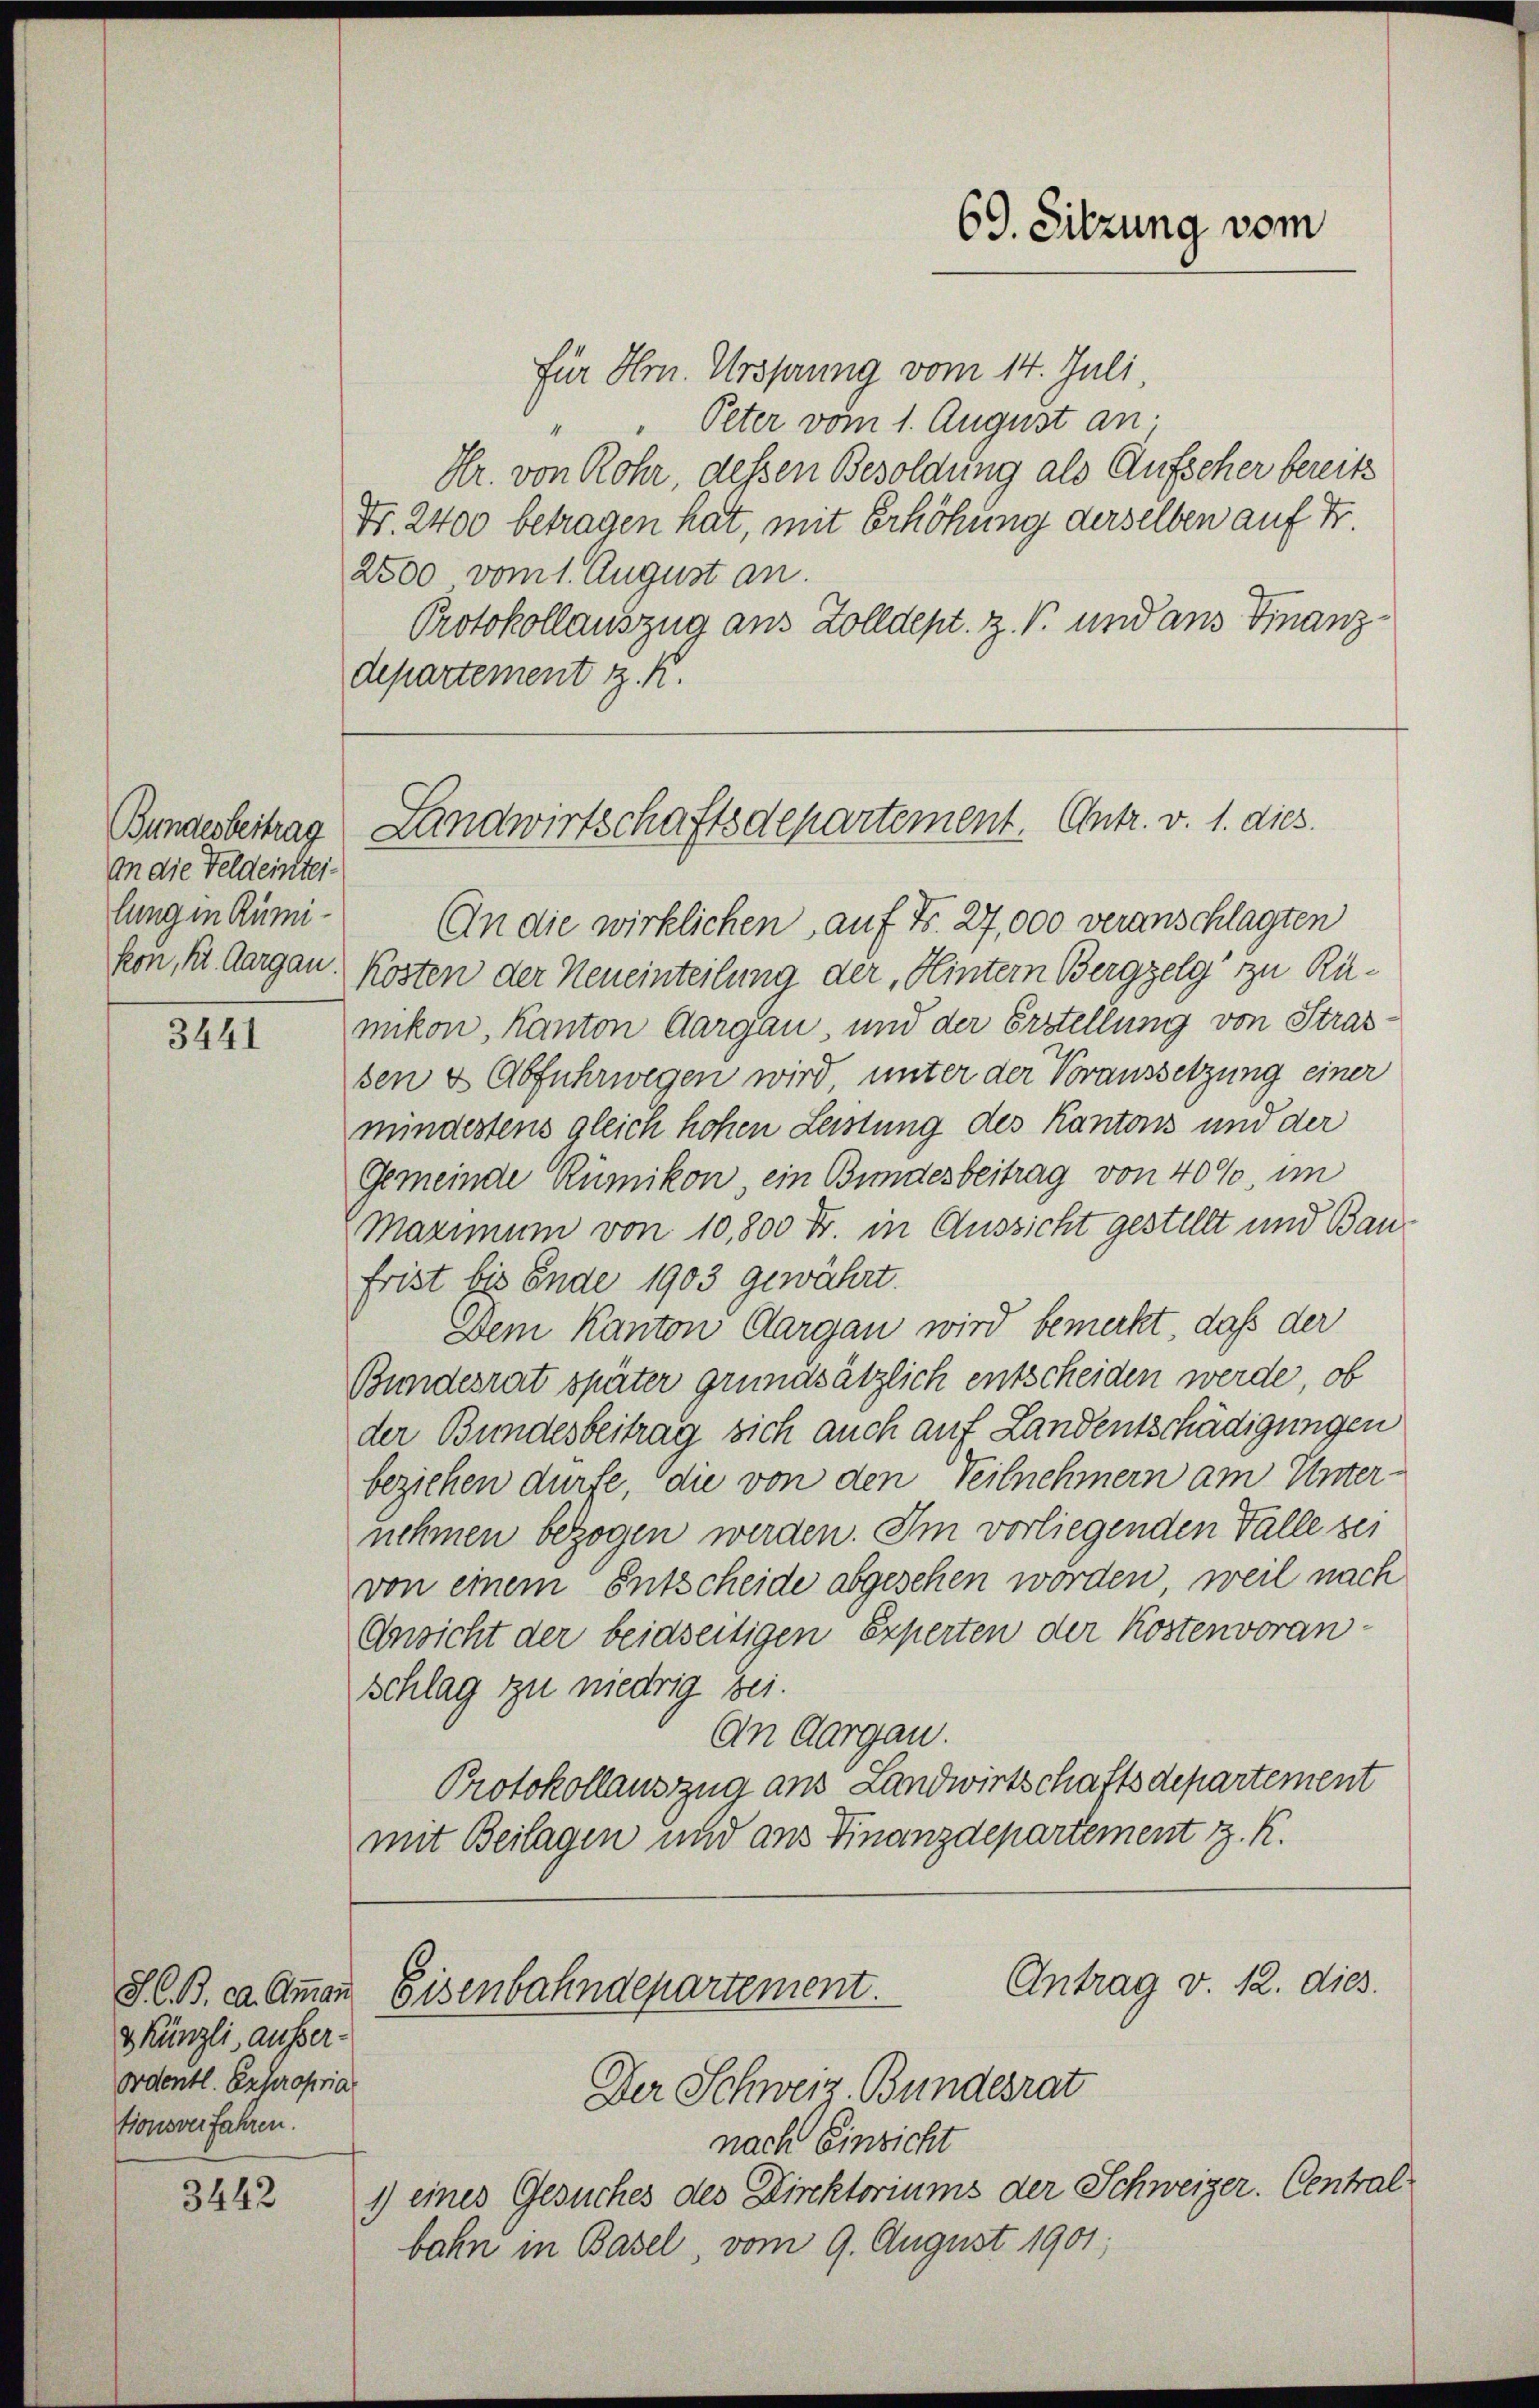
Bundesbeitrag
An die Feldeintei-
lungen Rümi-
fon, Kt. Aargau

3441

& Künzli, ausser-
Ordentl. Expropria
tionsverfahren.

3442

für Hrn. Ursprung vom 14. Juli,
Peter vom 1. August an;
Hr. von Rohr, dessen Besoldung als Aufscher bereits
Fr. 2400 betragen hat, mit Erhöhung derselben auf Fr.
2500 vom 1. August an.
Protokollauszug aus Zolldept. Z. V. und aus Finanzdepartement J. K.

An die wirklichen, auf Fr. 27,000 veranschlagten
Kosten der Neueinteilung der, Hintern Bergzelg zu Rümikon, Kanton Aargau, und der Erstellung von Strassen & Abfuhrwegen wird unter der Voraussetzung einer
mindestens gleich hohen Leistung des Kantons und der
Gemeinde Rümikon, ein Bundesbeitrag von 40%, im
Maximum von 10,800 Fr. in Aussicht gestellt und Baufrist bis Ende 1903 gewährt.
Dem Kanton Aargau wird bemerkt, daß der
Bundesrat später grundsätzlich entscheiden werde, ob
der Bundesbeitrag sich auch auf Landentschädigungen
beziehen dürfe, die von den Teilnehmern am Unter-
nehmen bezogen werden. Im vorliegenden Falle sei
von einem Entscheide abgesehen worden, weil nach
Ansicht der beidseitigen Experten der Kostenvoran¬
Schlag zu niedrig bei.
An Aargau.
Protokollauszug aus Landwirtschaftsdepartement
mit Beilagen und aus Finanzdepartement z. R.

69. Sitzung vom

Landwirtschaftsdepartement. Entr. v. 1. dies

nach Einsicht
1) eines Gesuches des Direktoriums der Schweizer. Centralbahn in Basel, vom 9. August 1901;

Antrag v. 12. dies
S. B. ca. Ammann Eisenbahndepartement.
Der Schweiz. Bundesrat